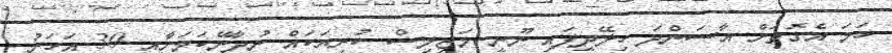
ހަމަ އެގޮތަށް އާސަންދަ ހިލޭދީފައި ނޫނީ މަޖިލިސް ކުރިޔަކައް ނުދާނޭކަމަށާއި 30 އަހަރު